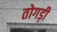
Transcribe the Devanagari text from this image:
तोगड़ी